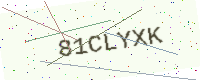
Text: 81CLYXK